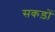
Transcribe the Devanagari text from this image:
सकड़ों